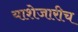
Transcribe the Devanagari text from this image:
याशेजारीच